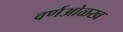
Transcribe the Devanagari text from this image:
वर्णओळख